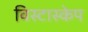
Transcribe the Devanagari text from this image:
विस्टास्केप